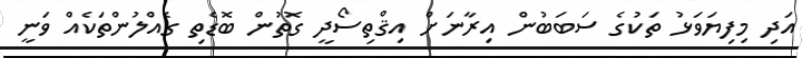
އަދި މިފިޔަވަޅު ތަކުގެ ސަބަބުން އިރާނަށް އިޤްތިސޯދީ ގޮތުން ބޮޑެތި ގެއްލުންތަކެއް ވަނީ